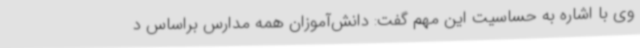
وی با اشاره به حساسیت این مهم گفت: دانش‌آموزان همه مدارس براساس د